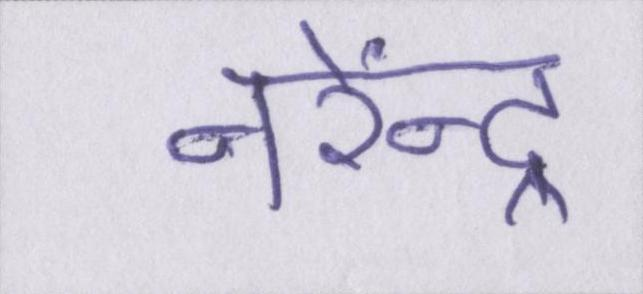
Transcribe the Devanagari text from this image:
नरेंन्द्र